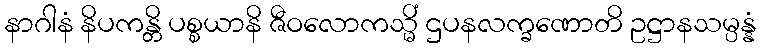
နာဂါနံ နိပကန္တိ ပစ္စယာနိ ဇီဝလောကသ္မိံ ဌပနလက္ခဏောတိ ဥဋ္ဌာနသမ္ပန္နံ